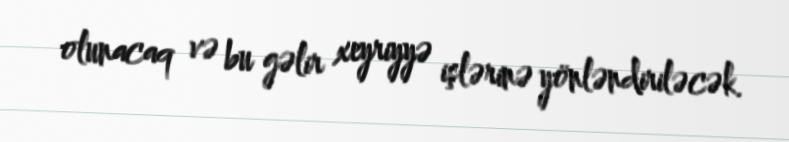
olunacaq və bu gəlir xeyriyyə işlərinə yönləndiriləcək.